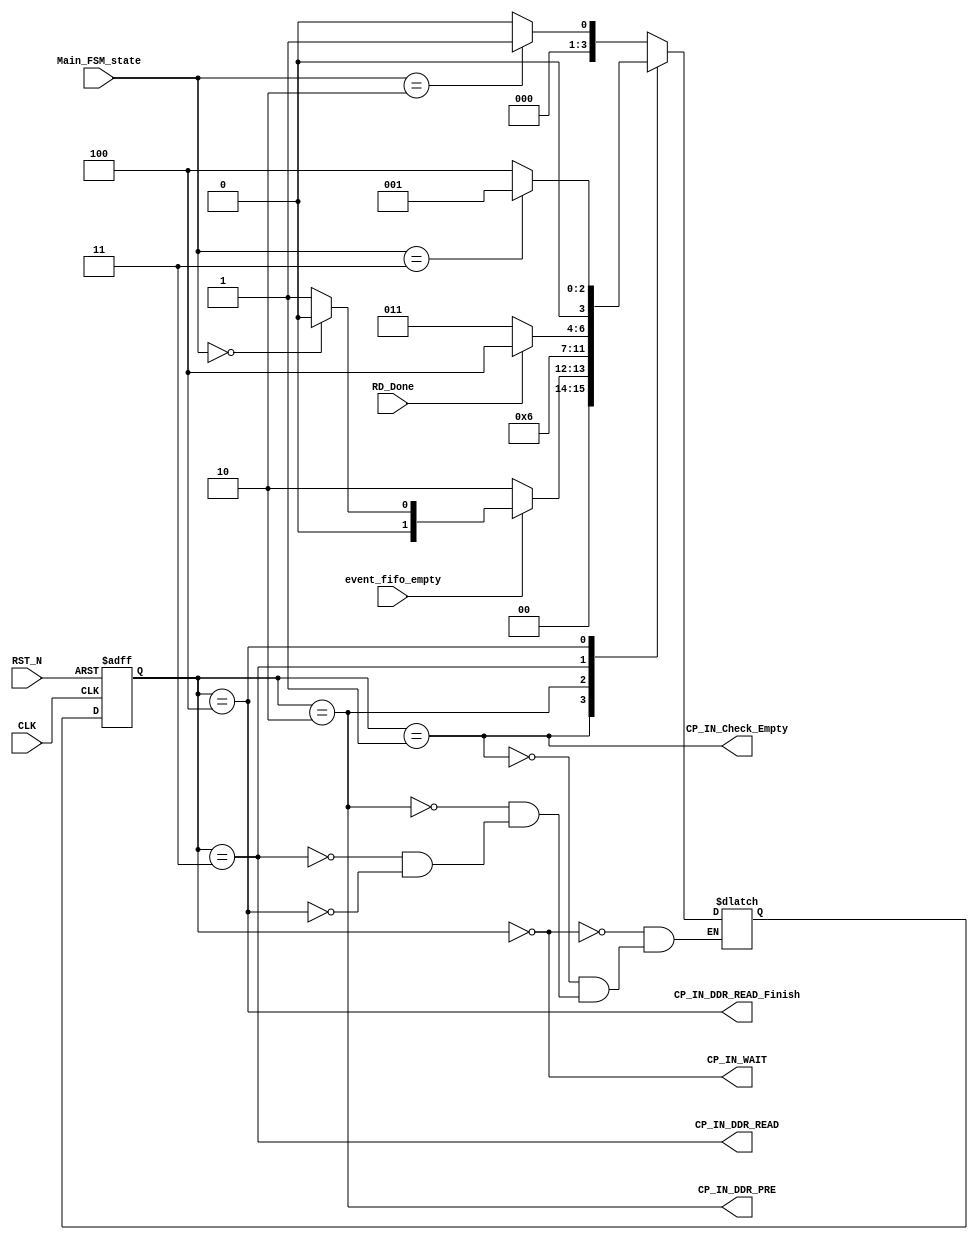
module CP_Controler_FSM(
	input wire CLK,
	input wire RST_N,
	input wire [3:0] Main_FSM_state,
	input wire event_fifo_empty,
	input wire RD_Done,

	output wire CP_IN_WAIT,
	output wire CP_IN_DDR_PRE,
	output wire CP_IN_DDR_READ,
	output wire CP_IN_DDR_READ_Finish,
	output wire CP_IN_Check_Empty

	);

	localparam WAIT = 4'd0;
	localparam Check_Empty = 4'd1;
	localparam DDR_PRE = 4'd2;
	localparam DDR_READ = 4'd3;
	localparam DDR_READ_Finish = 4'd4;

	reg [3:0] state,nextstate;

	always@(posedge CLK or negedge RST_N)begin
		if(!RST_N)begin
			state <= WAIT;
		end
		else begin
			state <= nextstate;
		end
	end

	always@(*)begin
		case(state)
			WAIT:begin
				if(Main_FSM_state == 4'd2)begin
					nextstate <= Check_Empty;
				end
				else begin
					nextstate <= WAIT;
				end
			end

			Check_Empty:begin
				if(!event_fifo_empty)begin
					nextstate <= DDR_PRE;
				end
				else if(Main_FSM_state == 4'd0)begin
					nextstate <= WAIT;
				end
				else begin
					nextstate <= Check_Empty;
				end
			end

			DDR_PRE:begin
				nextstate <= DDR_READ;
			end

			DDR_READ:begin
				if(RD_Done)begin
					nextstate <= DDR_READ_Finish;
				end
				else begin
					nextstate <= DDR_READ;
				end
			end

			DDR_READ_Finish:begin
				if(Main_FSM_state == 4'd3)begin
					nextstate <= Check_Empty;
				end
				else begin
					nextstate <= DDR_READ_Finish;
				end
			end
		endcase
	end

	assign CP_IN_WAIT = (state == WAIT);
	assign CP_IN_DDR_PRE = (state == DDR_PRE);
	assign CP_IN_DDR_READ = (state == DDR_READ);
	assign CP_IN_Check_Empty = (state == Check_Empty);
	assign CP_IN_DDR_READ_Finish = (state == DDR_READ_Finish);

	

endmodule